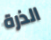
الذرة